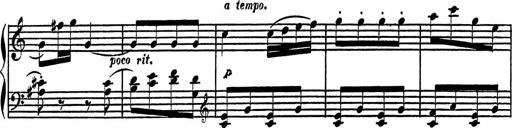
Title: 4 Piano Sonatinas
Composer: Adam Geibel